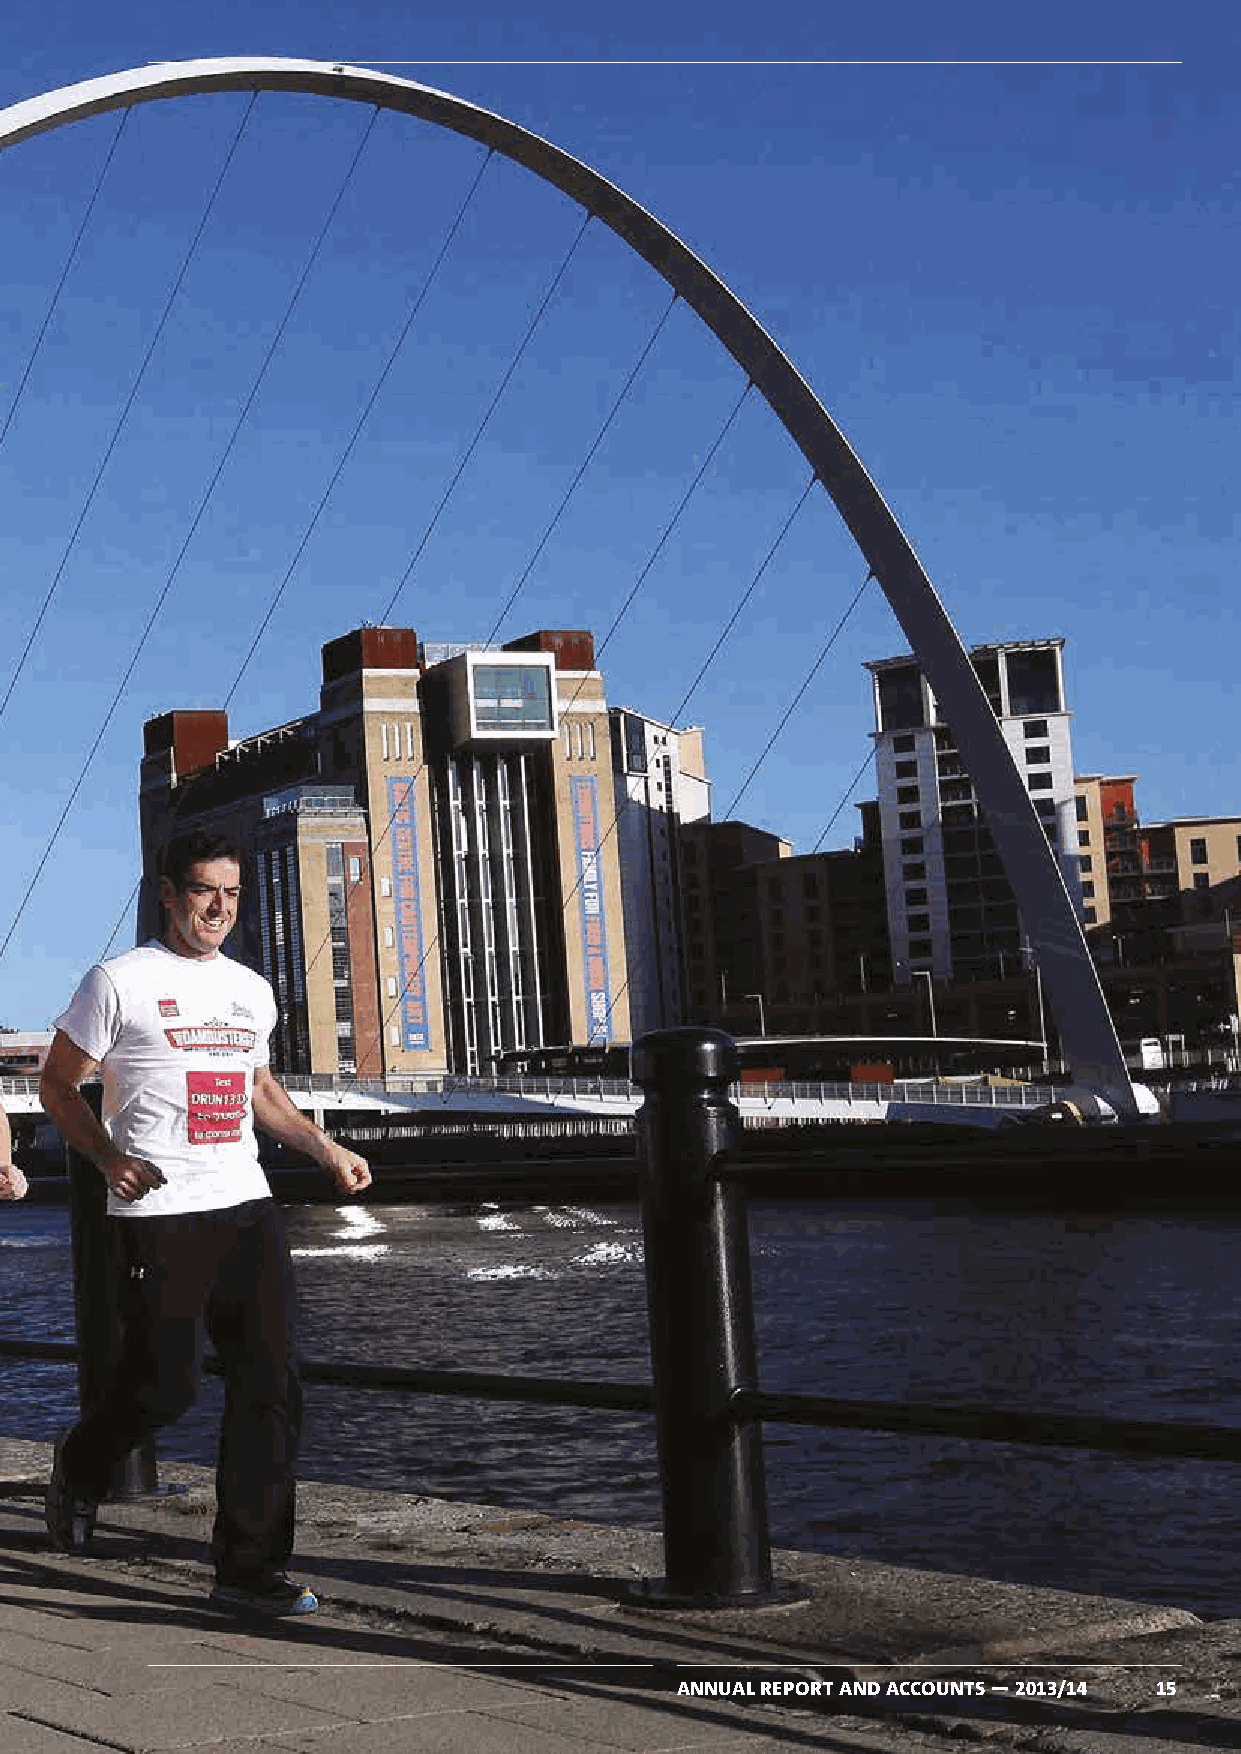
Section 3
 Trustees' Report
 ANNUAL REPORT AND ACCOUNTS — 2013/14 15